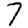
Digit: 7